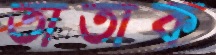
তাতাক